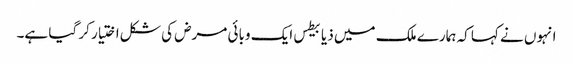
انہوں نے کہا کہ ہمارے ملک میں ذیابیطس ایک وبائی مرض کی شکل اختیار کر گیا ہے۔